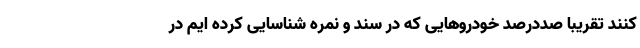
کنند تقریبا صددرصد خودروهایی که در سند و نمره شناسایی کرده ایم در